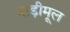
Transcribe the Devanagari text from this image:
नाड़ीमूल